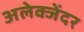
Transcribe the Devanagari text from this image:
अलेक्जेंदर